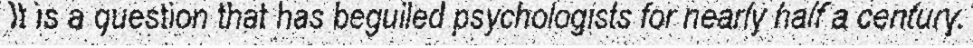
It is a question that has beguiled psychologists for nearly half a century.